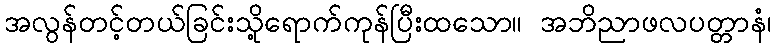
အလွန်တင့်တယ်ခြင်းသို့ရောက်ကုန်ပြီးထသော။ အဘိညာဖလပတ္တာနံ၊